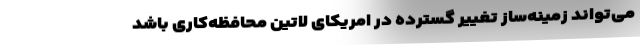
می‌تواند زمینه‌ساز تغییر گسترده در امریکای لاتین محافظه‌کاری باشد